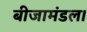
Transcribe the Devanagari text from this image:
बीजामंडल।